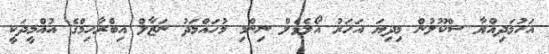
އަހުމަދިއްޔާ ސްކޫލުން މިދިޔަ އަހަރު އޯލެވެލް ނިންމި މުހައްމަދު ނަޒާލް އިބްރާހިމްގެ އުއްމީދަކީ